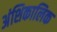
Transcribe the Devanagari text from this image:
अंशिकालिक